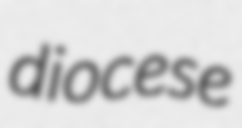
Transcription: diocese